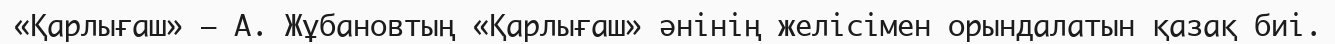
«Қарлығаш» — А. Жұбановтың «Қарлығаш» әнінің желісімен орындалатын қазақ биі.